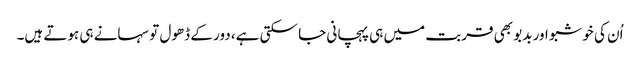
اُن کی خوشبو اور بدبو بھی قربت میں ہی پہچانی جا سکتی ہے، دور کے ڈھول تو سہانے ہی ہوتے ہیں۔